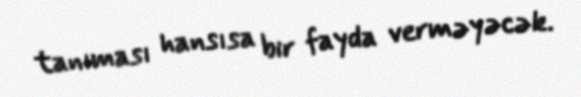
tanıması hansısa bir fayda verməyəcək.